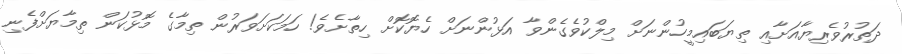
ދަތުރުވެރިޔާއަށާއި ތިޔަބައިމީހުންނަށް މިލްކުވެގެންވާ އަޅުންނަށް ހެޔޮކޮށް ހިތާށެވެ! ހަމަކަށަވަރުން ތިމާގެ މޮޅުކަން ތިމާޔަށްފެނި